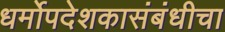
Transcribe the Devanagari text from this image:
धर्मोपदेशकासंबंधीचा